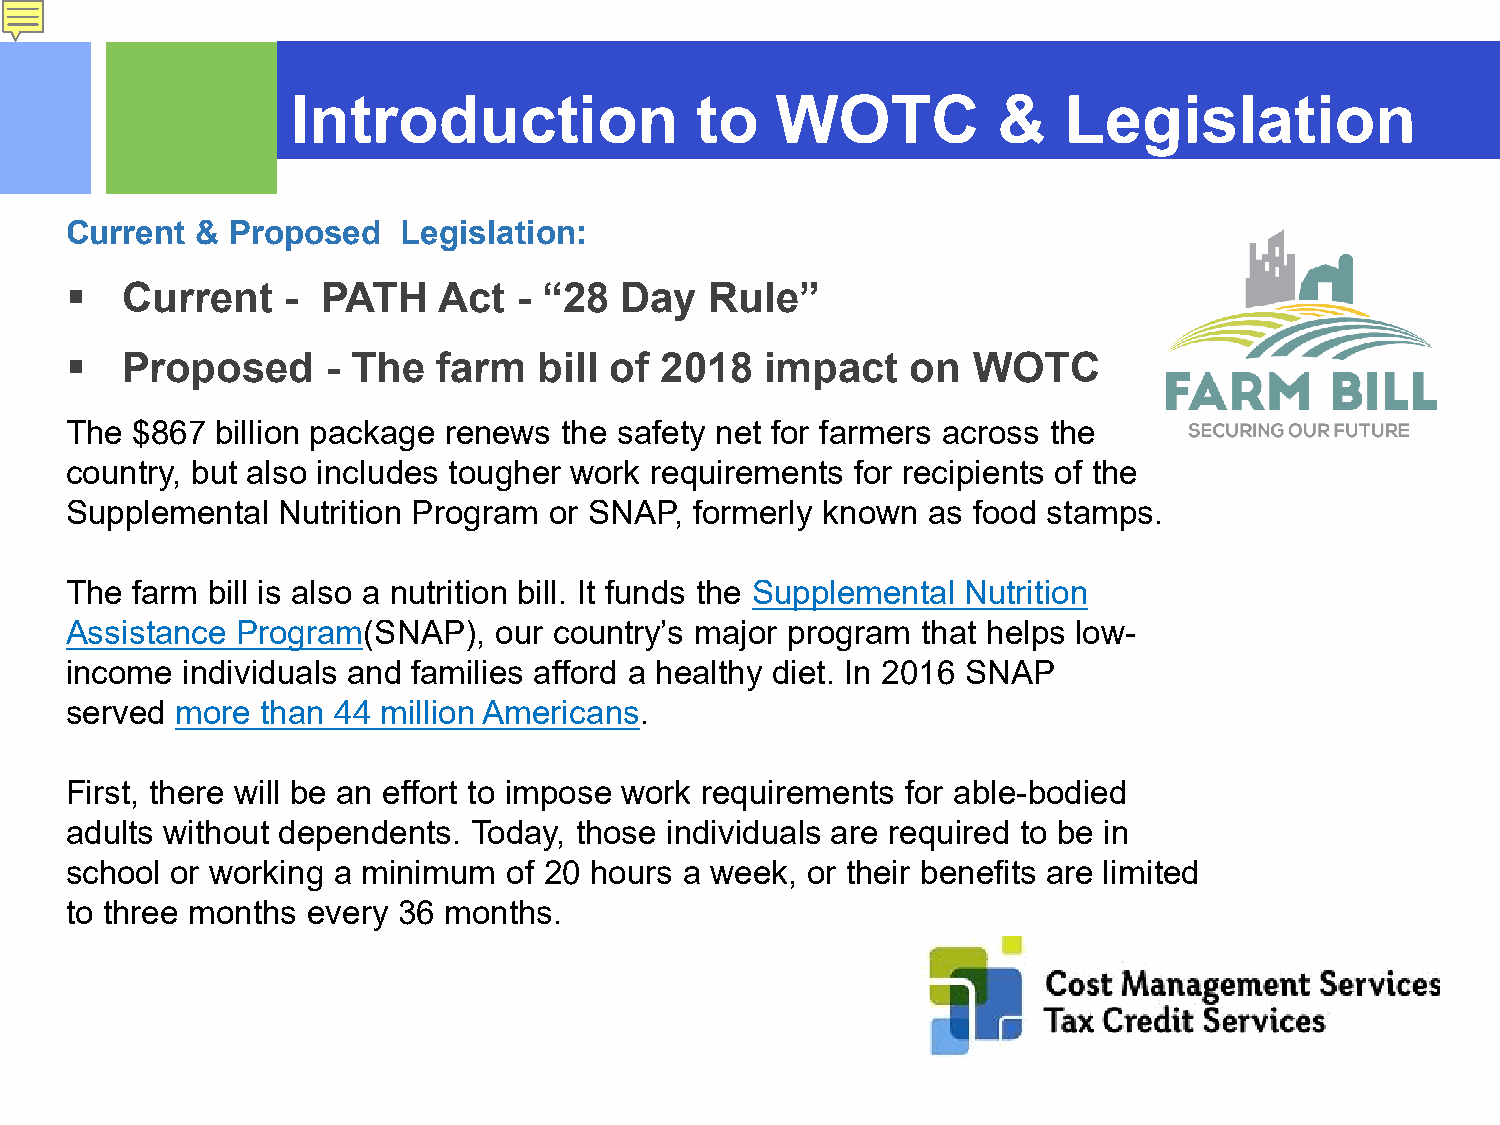
Introduction               to   WOTC           &   Legislation
 Current  & Proposed    Legislation:
 
 Current    - PATH    Act  - “28  Day   Rule”
 
 Proposed      - The  farm   bill of 2018   impact   on  WOTC
 The  $867 billion package renews the safety net for farmers across the
 country, but also includes tougher work requirements for recipients of the
 Supplemental  Nutrition Program or SNAP,  formerly known as food stamps.
 The  farm bill is also a nutrition bill. It funds the Supplemental Nutrition
 Assistance  Program(SNAP),   our country’s major program that helps low-
 income  individuals and families afford a healthy diet. In 2016 SNAP
 served  more than 44 million Americans.
 First, there will be an effort to impose work requirements for able-bodied
 adults without dependents. Today, those individuals are required to be in
 school or working a minimum   of 20 hours a week, or their benefits are limited
 to three months every 36 months.
 ©2015 RSM US LLP. All RightsReserved.